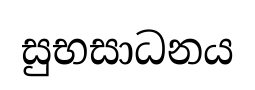
සුභසාධනය